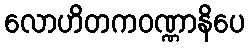
လောဟိတကဝဏ္ဏာနိပေ